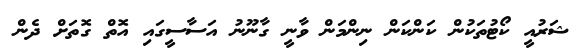
ޝަރުއީ ކޯޓުތަކުން ކަންކަން ނިންމަން ވާނީ ގާނޫނު އަސާސީގައި އޮތް ގޮތަށް ދެން